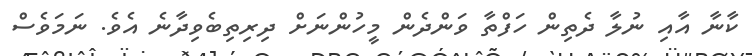
ކާނާ އާއި ނުލާ ދެތިން ހަފްތާ ވަންދެން މީހުންނަށް ދިރިތިބެވިދާނެ އެވެ. ނަމަވެސް